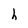
Character: h